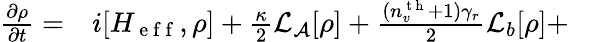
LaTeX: \begin{array}{rlr}{\frac{\partial\rho}{\partial t}=}&{{}i[H_{\mathrm{~e~f~f~}},\rho]+\frac{\kappa}{2}\mathcal{L}_{\mathcal{A}}[\rho]+\frac{(n_{v}^{\mathrm{~t~h~}}+1)\gamma_{r}}{2}\mathcal{L}_{b}[\rho]+}&{}\end{array}